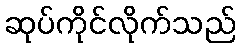
ဆုပ်ကိုင်လိုက်သည်